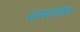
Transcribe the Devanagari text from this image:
समावेस